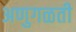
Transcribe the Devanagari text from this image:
अणुगळती